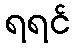
ရရင်